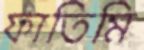
ফাতিমি